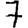
Digit: 7